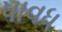
પાવધ